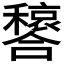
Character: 𫬳